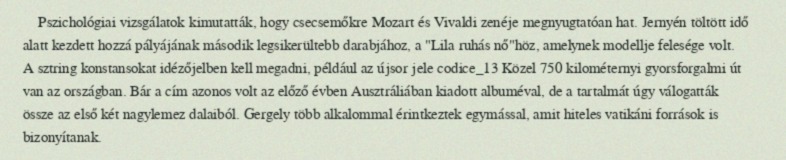
Pszichológiai vizsgálatok kimutatták, hogy csecsemőkre Mozart és Vivaldi zenéje megnyugtatóan hat. Jernyén töltött idő alatt kezdett hozzá pályájának második legsikerültebb darabjához, a "Lila ruhás nő"höz, amelynek modellje felesége volt. A sztring konstansokat idézőjelben kell megadni, például az újsor jele codice_13 Közel 750 kilométernyi gyorsforgalmi út van az országban. Bár a cím azonos volt az előző évben Ausztráliában kiadott albuméval, de a tartalmát úgy válogatták össze az első két nagylemez dalaiból. Gergely több alkalommal érintkeztek egymással, amit hiteles vatikáni források is bizonyítanak.